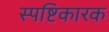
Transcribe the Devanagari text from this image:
स्पष्टिकारक